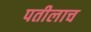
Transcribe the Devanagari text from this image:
पतीलाच